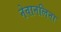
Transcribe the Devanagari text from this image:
नेवानलिना